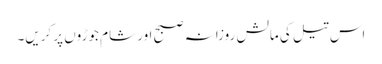
اس تیل کی مالش روزانہ صبح اور شام جوڑوں پر کریں۔